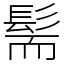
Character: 髵